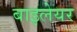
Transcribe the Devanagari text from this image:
बाइलेयर